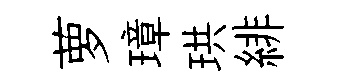
萝璋珙緋